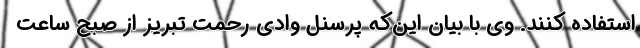
استفاده کنند. وی با بیان این‌که پرسنل وادی رحمت تبریز از صبح ساعت